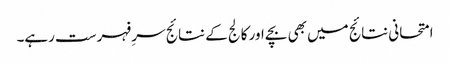
امتحانی نتائج میں بھی بچے اور کالج کے نتائج سرِ فہرست رہے۔